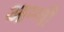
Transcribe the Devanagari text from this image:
आम्ची